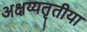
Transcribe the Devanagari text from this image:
अक्षय्यतृतीया